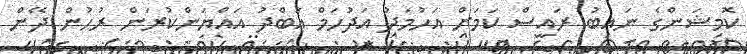
ކޮމިޝަންގެ ނައިބު ރައީސް ކަމަށް އަހުމަދު އަދުހަމް އަބްދު އައްޔަންކުރަން ރުހުން ދޭން